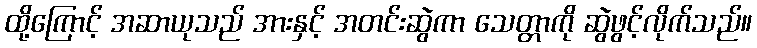
ထို့ကြောင့် အဆာယုသည် အားနှင့် အတင်းဆွဲကာ သေတ္တာကို ဆွဲဖွင့်လိုက်သည်။